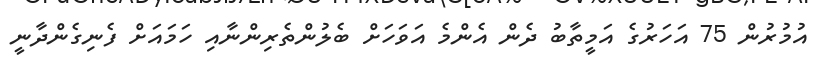
އުމުރުން 75 އަހަރުގެ އަމީތާބު ދެން އެންމެ އަވަހަށް ބެލުންތެރިންނާއި ހަމައަށް ފެނިގެންދާނީ